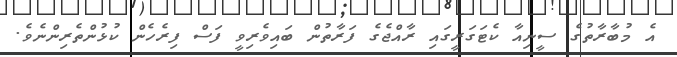
އެ މުބާރާތުގެ ސީނިއާ ކެޓަގަރީގައި ރާއްޖެގެ ފަރާތުން ބައިވެރިވީ ފަސް ފިރެހެން ކުޅުންތެރިންނެވެ.